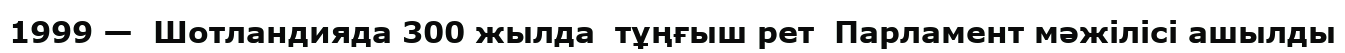
1999 —  Шотландияда 300 жылда  тұңғыш рет  Парламент мәжiлiсi ашылды